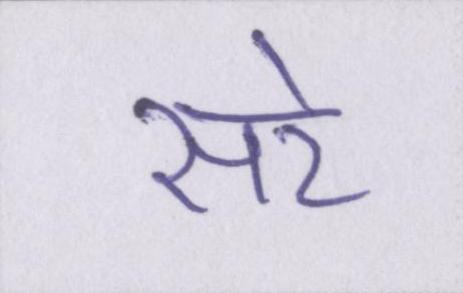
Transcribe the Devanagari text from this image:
सरे